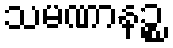
သမဏာနဉ္စ